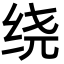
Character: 绕